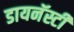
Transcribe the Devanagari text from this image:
डायनॅस्टी